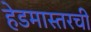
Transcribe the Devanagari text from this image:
हेडमास्तरची